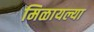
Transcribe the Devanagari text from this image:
मिळायल्या